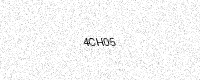
Text: 4CH05